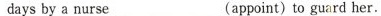
daysby a nurse___(appoint)to guard her.